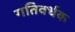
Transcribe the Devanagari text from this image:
गतिवर्धक